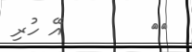
٢٨        އޭ ހުރި